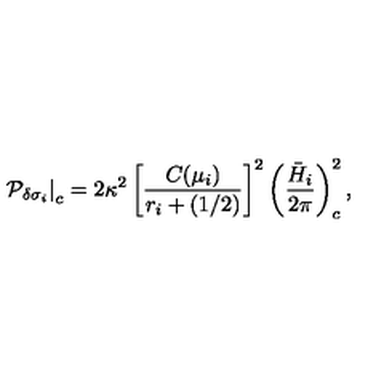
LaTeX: \left. { \cal P } _ { \delta \sigma _ { i } } \right| _ { c } = 2 \kappa ^ { 2 } \left[ { \frac { C ( \mu _ { i } ) } { r _ { i } + ( 1 / 2 ) } } \right] ^ { 2 } \left( { \frac { \bar { H } _ { i } } { 2 \pi } } \right) _ { c } ^ { 2 } ,